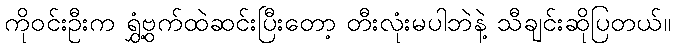
ကိုဝင်းဦးက ရွှံ့ဗွက်ထဲဆင်းပြီးတော့ တီးလုံးမပါဘဲနဲ့ သီချင်းဆိုပြတယ်။